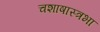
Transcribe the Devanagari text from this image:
चशाषास्त्रभा